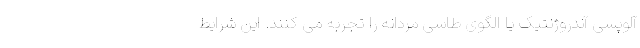
آلوپسی آندروژنتیک یا الگوی طاسی مردانه را تجربه می کنند. این شرایط